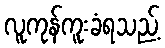
လူကုန်ကူးခံရသည့်